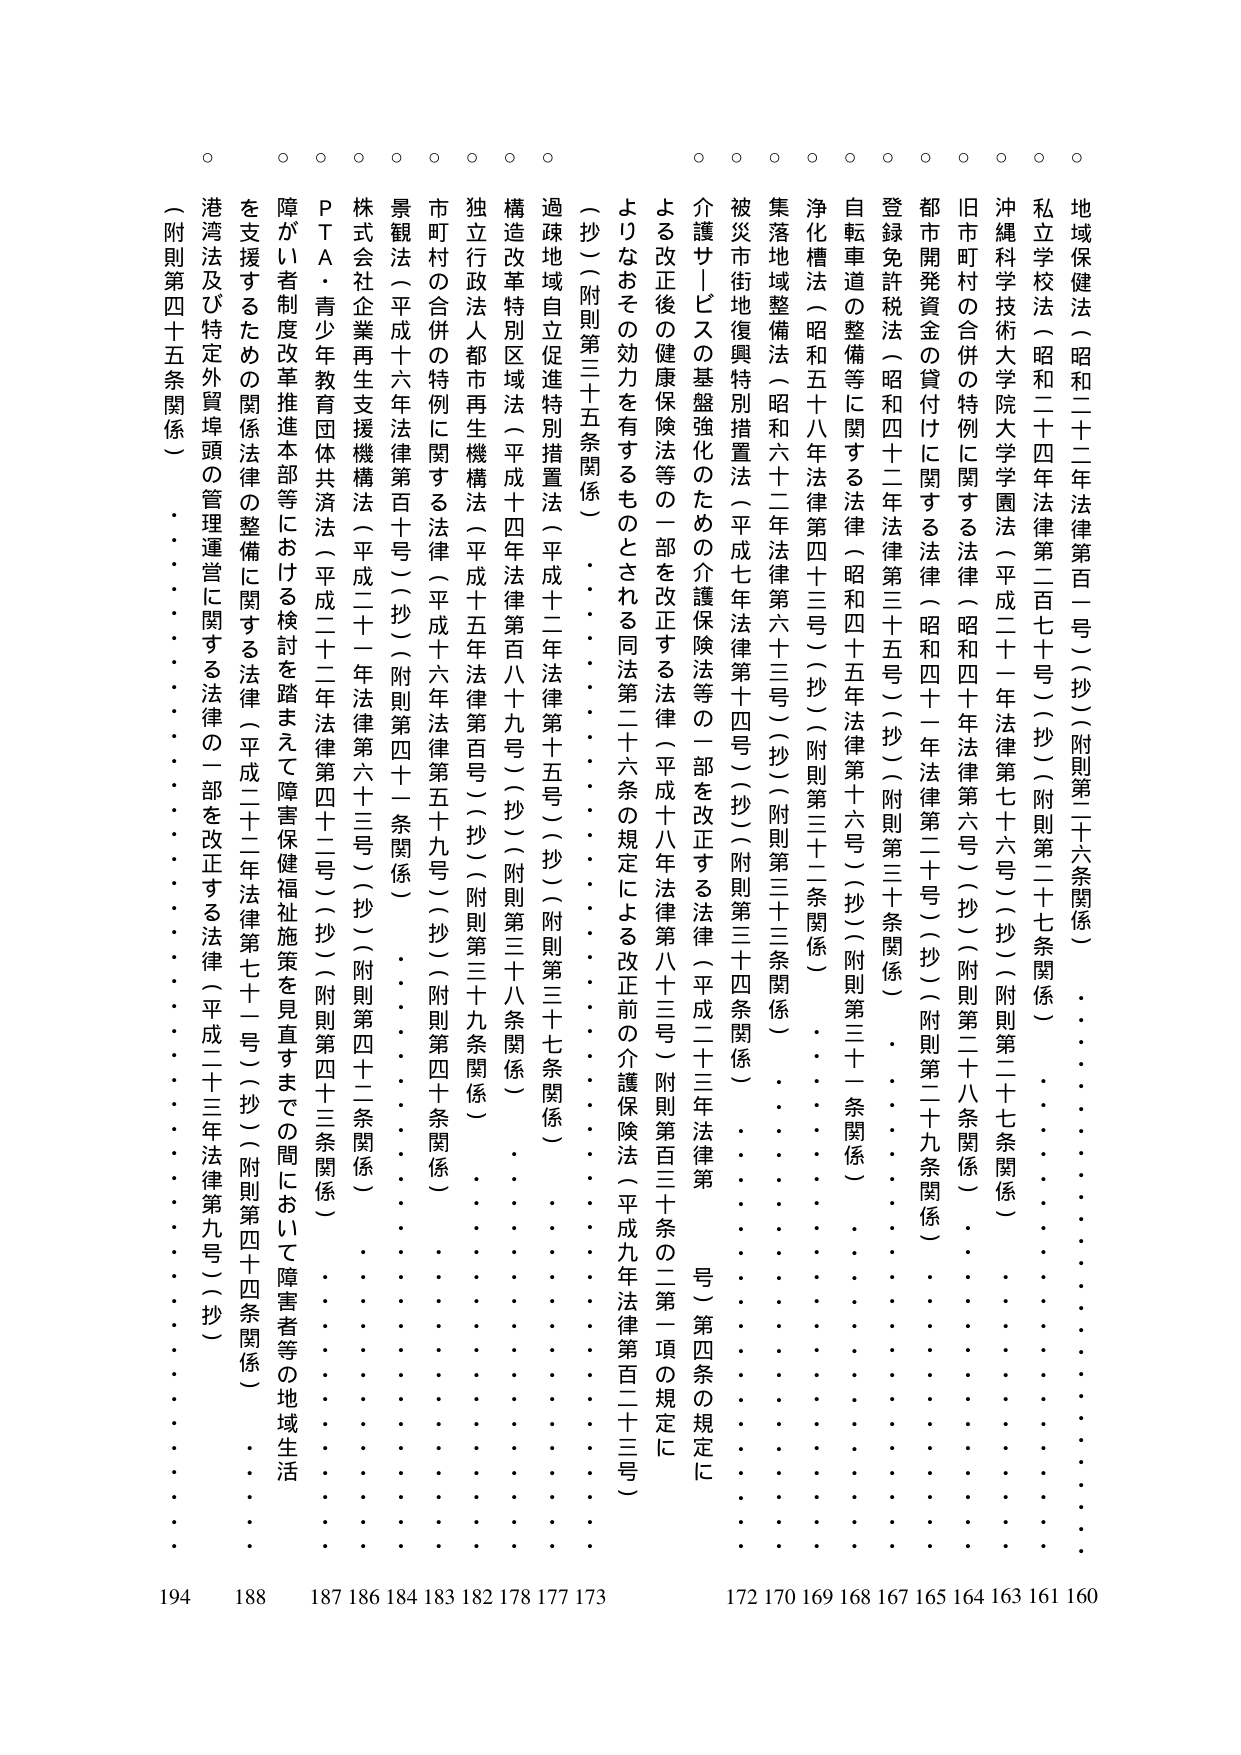
地域保健法（昭和二十二年法律第一百一号）（抄）（附則第二十六条関係）
私立学校法（昭和二十四年法律第二百七十号）（抄）（附則第二十七条関係）
沖縄科学技術大学院大学学園法（平成二十一年法律第七十六号）（抄）（附則第二十七条関係）
旧市町村の合併の特例に関する法律（昭和四十年法律第六号）（抄）（附則第二十八条関係）
都市開発資金の貸付けに関する法律（昭和四十一年法律第二十号）（抄）（附則第二十九条関係）
登録免許税法（昭和四十二年法律第三十五号）（抄）（附則第三十条関係）
自転車道の整備等に関する法律（昭和四十五年法律第十六号）（抄）（附則第三十一条関係）
浄化槽法（昭和五十八年法律第四十三号）（抄）（附則第三十二条関係）
集落地域整備法（昭和六十二年法律第六十三号）（抄）（附則第三十三条関係）
被災市街地復興特別措置法（平成七年法律第十四号）（抄）（附則第三十四条関係）
介護サービスの基盤強化のための介護保険法等の一部を改正する法律（平成二十三年法律第 号）（第四条の規定に よる改正後の健康保険法等の一部を改正する法律（平成十八年法律第八十三号）附則第百三十条の二第一項の規定に よりなおその効力を有するものとされる同法第二十六条の規定による改正前の介護保険法（平成九年法律第百二十三号） （抄）（附則第三十五条関係）
過疎地域自立促進特別措置法（平成十二年法律第十五号）（抄）（附則第三十七条関係）
構造改革特別区域法（平成十四年法律第百八十九号）（抄）（附則第三十八条関係）
独立行政法人都市再生機構法（平成十五年法律第百号）（抄）（附則第三十九条関係）
市町村の合併の特例に関する法律（平成十六年法律第五十九号）（抄）（附則第四十条関係）
景観法（平成十六年法律第百十号）（抄）（附則第四十一条関係）
株式会社企業再生支援機構法（平成二十一年法律第六十三号）（抄）（附則第四十二条関係）
ＰＴＡ・青少年教育団体共済法（平成二十二年法律第四十三号）（抄）（附則第四十三条関係）
障がい者制度改革推進本部等における検討を踏まえて障害保健福祉施策を見直すまでの間において障害者等の地域生活 を支援するための関係法律の整備に関する法律（平成二十二年法律第七十一号）（抄）（附則第四十四条関係）
港湾法及び特定外貿埠頭の管理運営に関する法律の一部を改正する法律（平成二十三年法律第九号）（抄） （附則第四十五条関係）

194 188 187 186 184 183 182 178 177 173 172 170 169 168 167 165 164 163 161 160